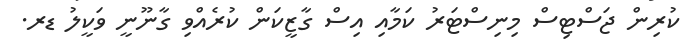
ކުރިން ޖަސްޓިސް މިނިސްޓަރު ކަމާއި އިސް ގާޒީކަން ކުރެއްވި ގާނޫނީ ވަކީލު ޑރ.